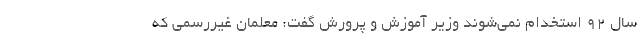
سال 92 استخدام نمی‌شوند وزیر آموزش و پرورش گفت: معلمان غیررسمی که